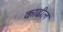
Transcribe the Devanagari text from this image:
काढील